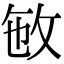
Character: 𢼏